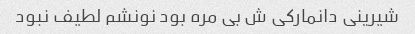
شیرینی دانمارکی ش بی مره بود نونشم لطیف نبود